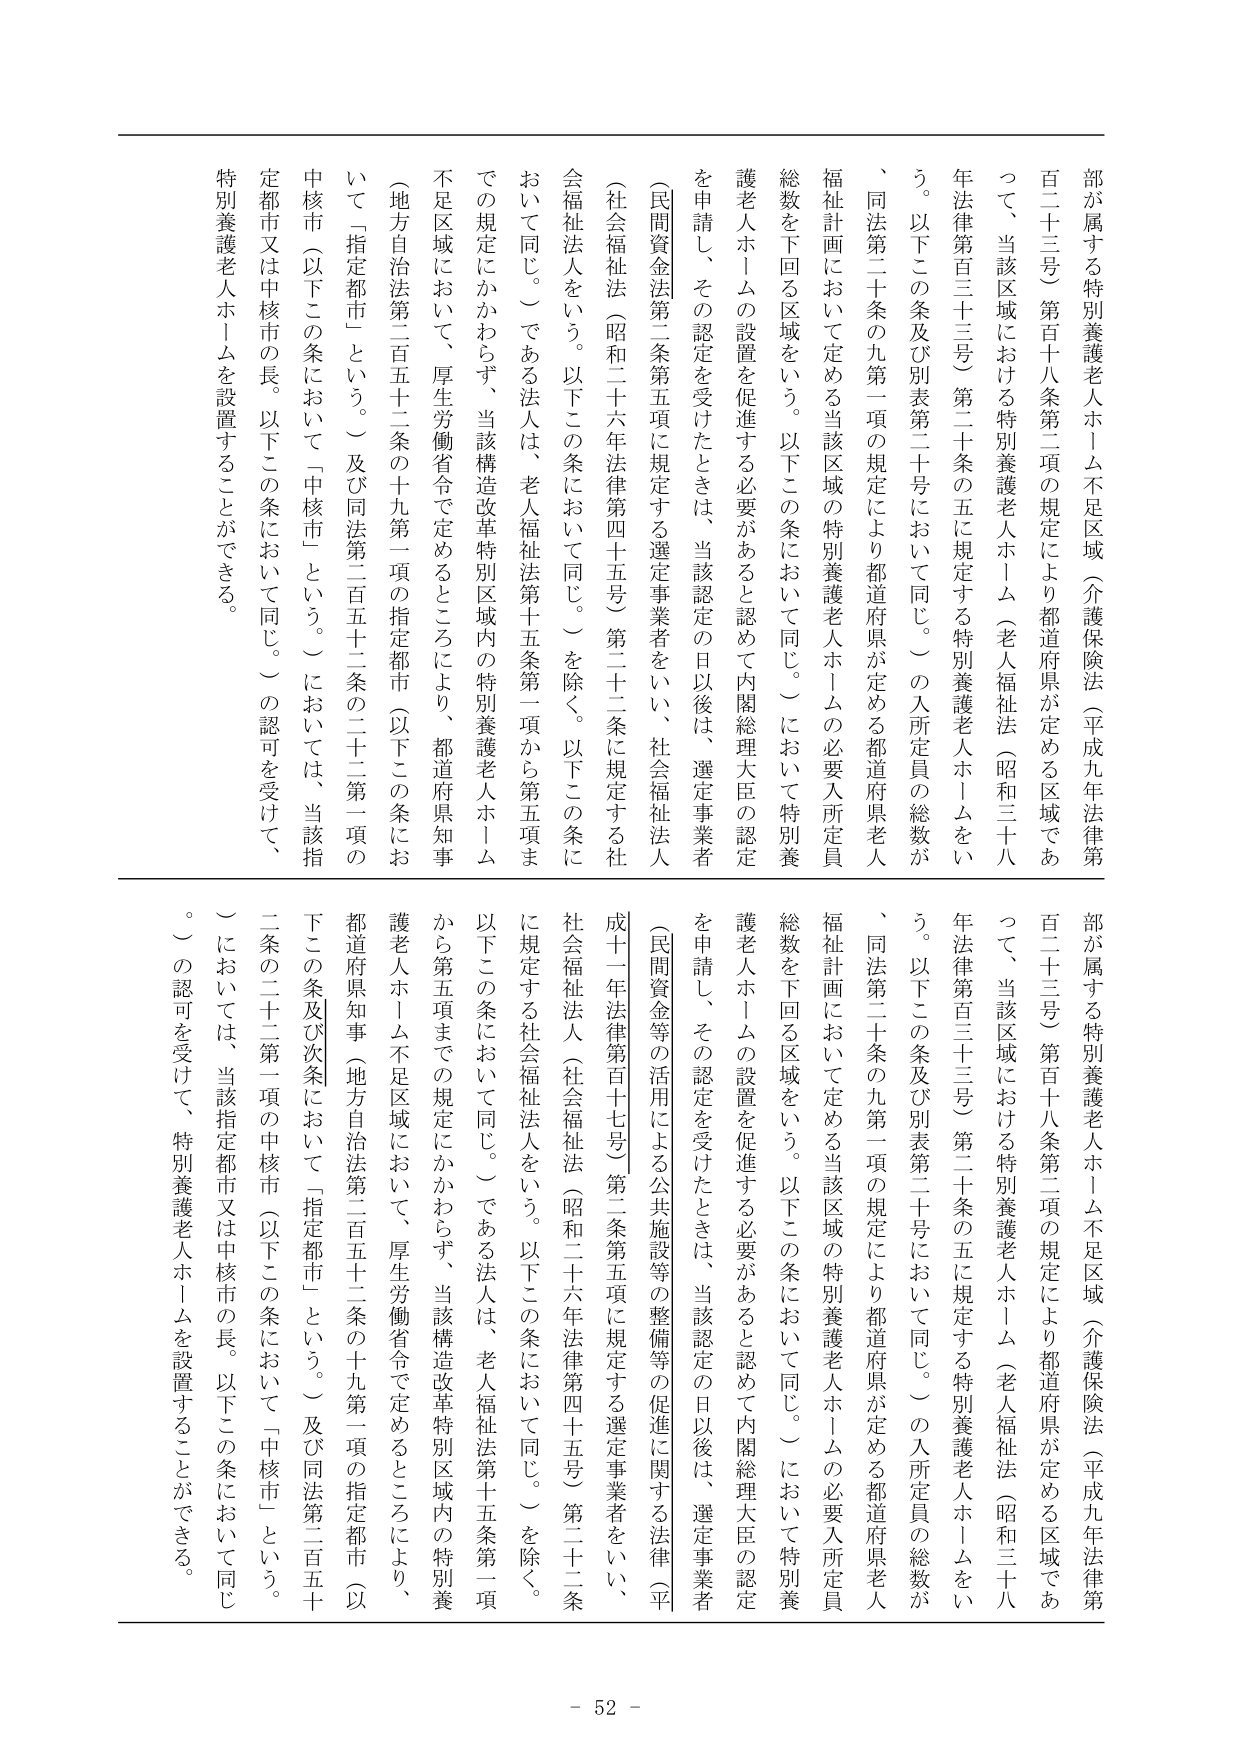
部が属する特別養護老人ホーム不足区域（介護保険法（平成九年法律第百二十三号）第百十八条第二項の規定により都道府県が定める区域であって、当該区域における特別養護老人ホーム（老人福祉法（昭和三十八年法律第百三十三号）第二十条の五に規定する特別養護老人ホームをいう。以下この条及び別表第二十号において同じ。）の入所定員の総数が、同法第二十条の九第一項の規定により都道府県が定める都道府県老人福祉計画において定める当該区域の特別養護老人ホームの必要入所定員総数を下回る区域をいう。以下この条において同じ。）において特別養護老人ホームの設置を促進する必要があると認めて内閣総理大臣の認定を申請し、その認定を受けたときは、当該認定の日以後は、選定事業者（民間資金法第二条第五項に規定する選定事業者をいい、社会福祉法人（社会福祉法（昭和二十六年法律第四十五号）第二十二条に規定する社会福祉法人をいう。以下この条において同じ。）を除く。以下この条において同じ。）である法人は、老人福祉法第十五条第一項から第五項までの規定にかかわらず、当該構造改革特別区域内の特別養護老人ホーム不足区域において、厚生労働省令で定めるところにより、都道府県知事（地方自治法第二百五十二条の十九第一項の指定都市（以下この条において「指定都市」という。）及び同法第二百五十二条の二十二第一項の中核市（以下この条において「中核市」という。）においては、当該指定都市又は中核市の長。以下この条において同じ。）の認可を受けて、特別養護老人ホームを設置することができる。

部が属する特別養護老人ホーム不足区域（介護保険法（平成九年法律第百二十三号）第百十八条第二項の規定により都道府県が定める区域であって、当該区域における特別養護老人ホーム（老人福祉法（昭和三十八年法律第百三十三号）第二十条の五に規定する特別養護老人ホームをいう。以下この条及び別表第二十号において同じ。）の入所定員の総数が、同法第二十条の九第一項の規定により都道府県が定める都道府県老人福祉計画において定める当該区域の特別養護老人ホームの必要入所定員総数を下回る区域をいう。以下この条において同じ。）において特別養護老人ホームの設置を促進する必要があると認めて内閣総理大臣の認定を申請し、その認定を受けたときは、当該認定の日以後は、選定事業者（民間資金等の活用による公共施設等の整備等の促進に関する法律（平成十一年法律第百十七号）第二条第五項に規定する選定事業者をいい、社会福祉法人（社会福祉法（昭和二十六年法律第四十五号）第二十二条に規定する社会福祉法人をいう。以下この条において同じ。）を除く。以下この条において同じ。）である法人は、老人福祉法第十五条第一項から第五項までの規定にかかわらず、当該構造改革特別区域内の特別養護老人ホーム不足区域において、厚生労働省令で定めるところにより、都道府県知事（地方自治法第二百五十二条の十九第一項の指定都市（以下この条及び次条において「指定都市」という。）及び同法第二百五十二条の二十二第一項の中核市（以下この条において「中核市」という。）においては、当該指定都市又は中核市の長。以下この条において同じ。）の認可を受けて、特別養護老人ホームを設置することができる。

- 52 -